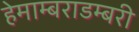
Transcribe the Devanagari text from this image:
हेमाम्बराडम्बरी